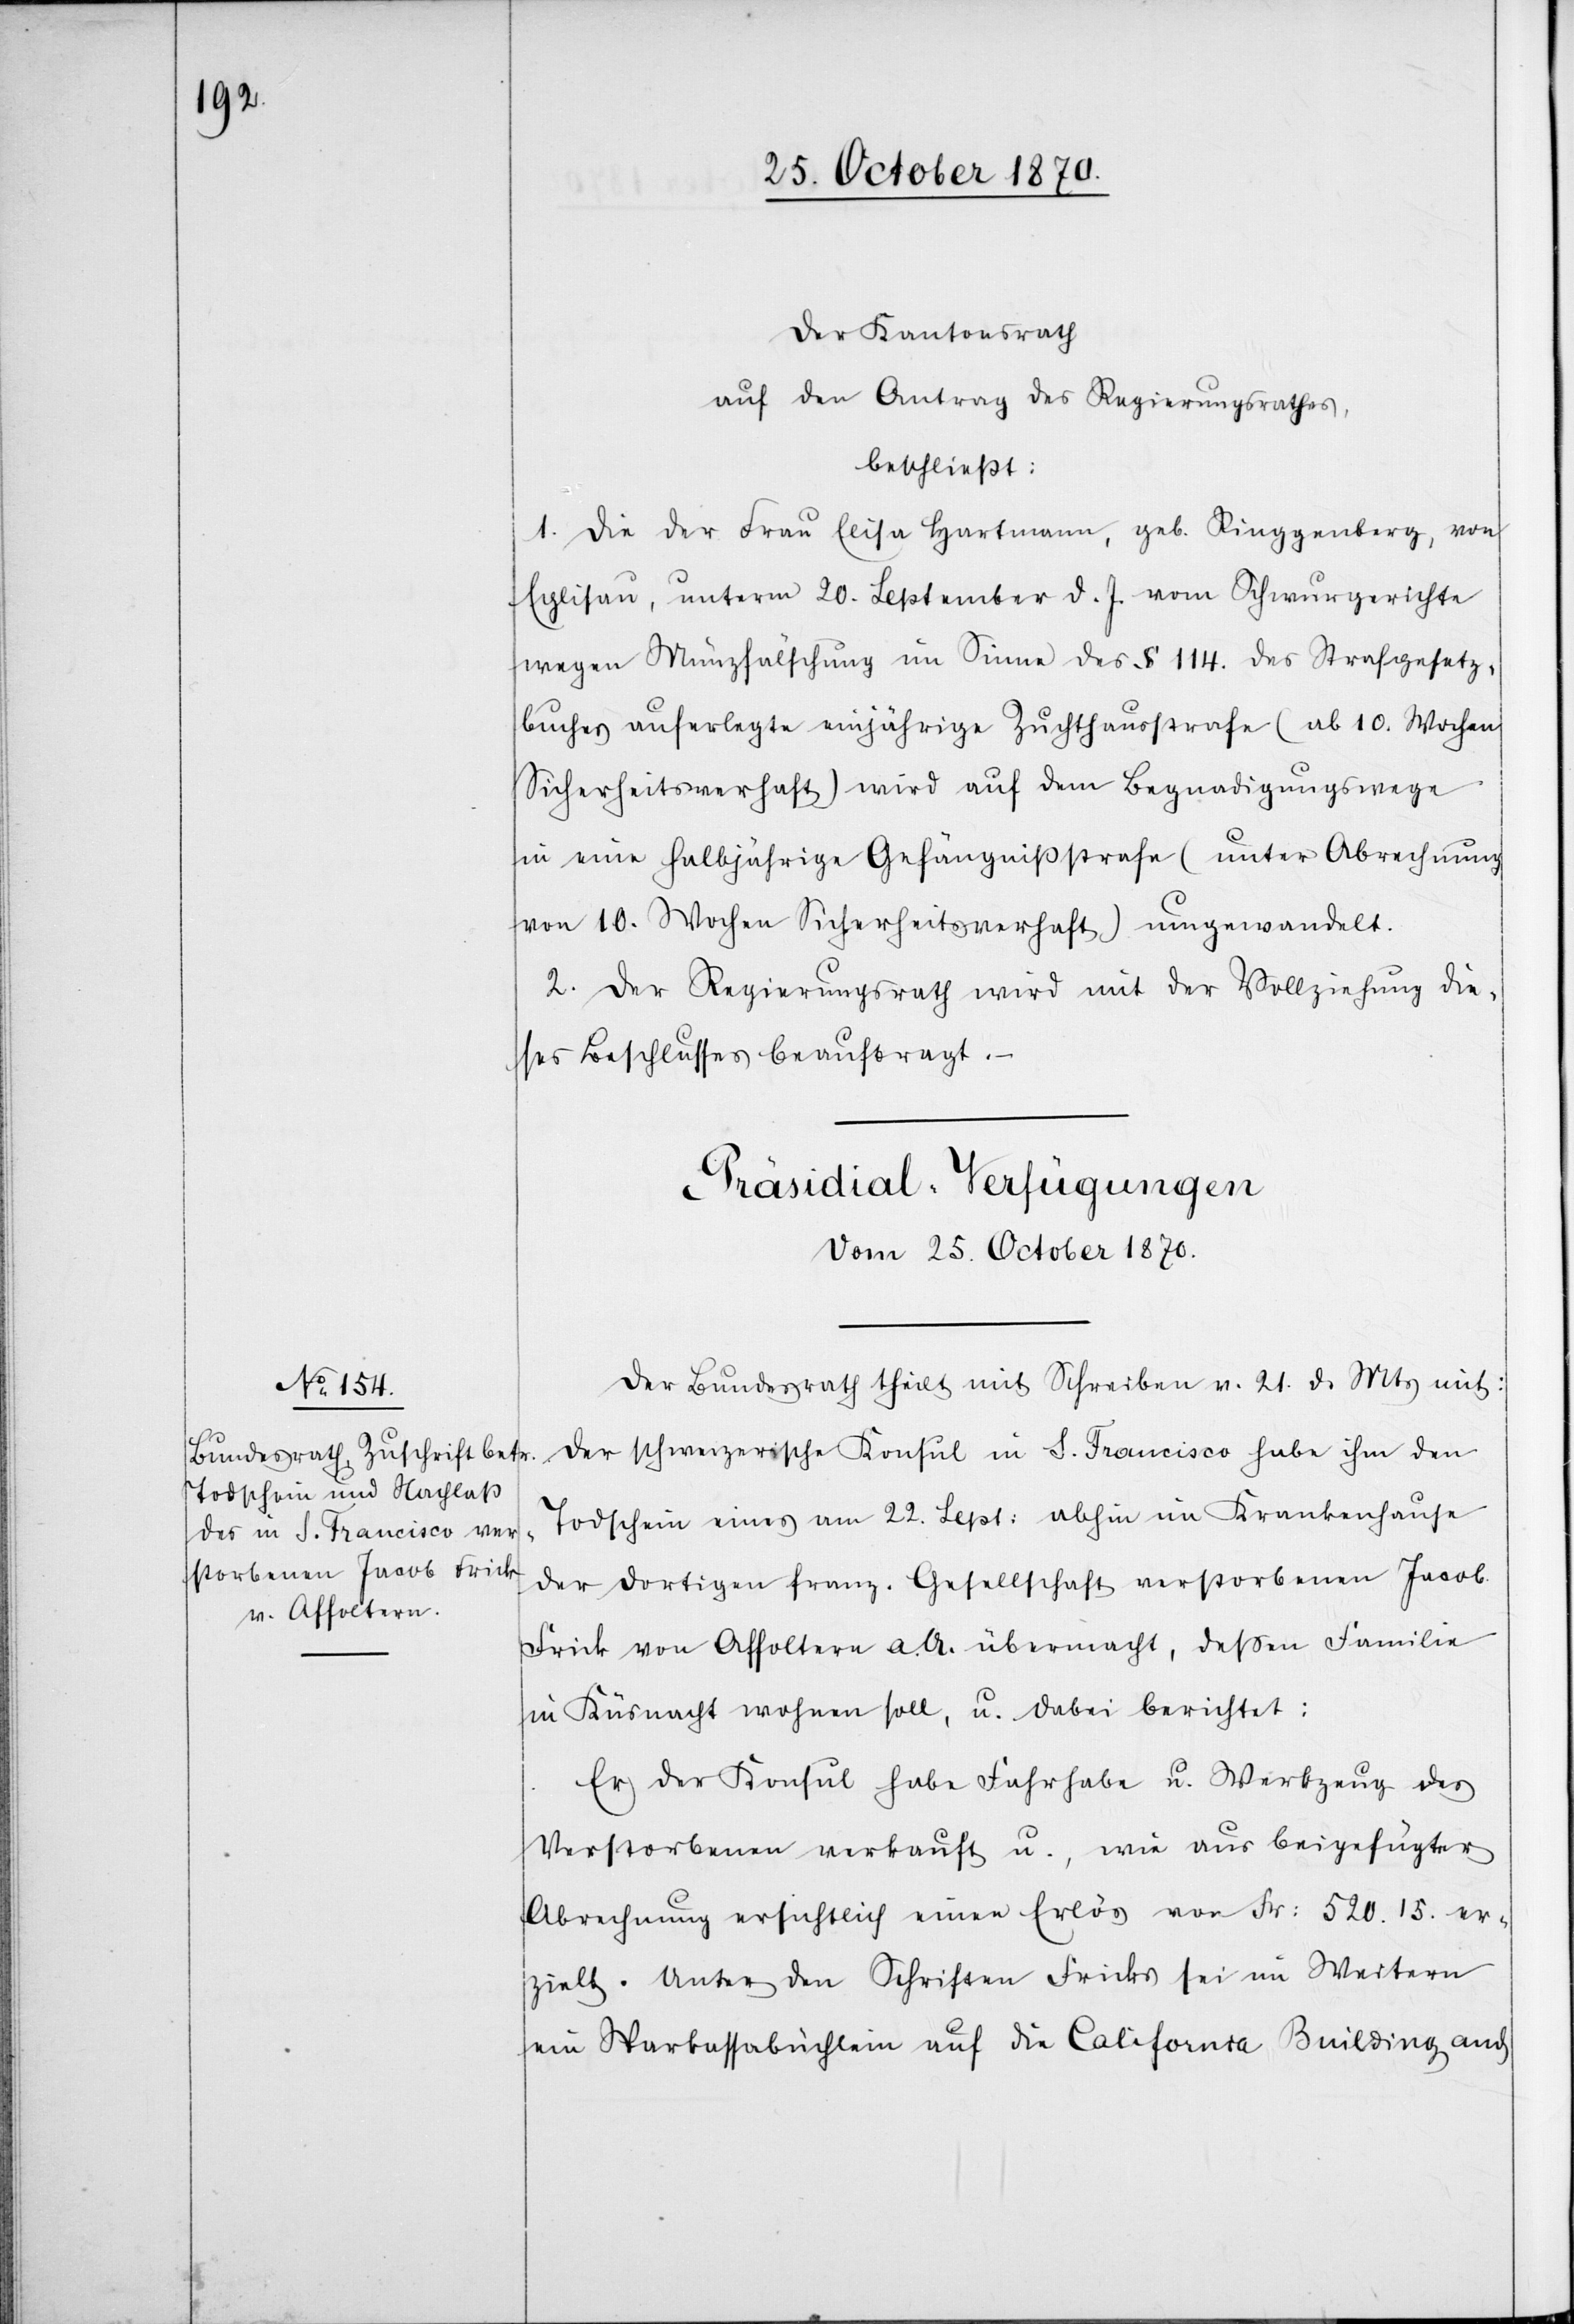
Der Kantonsrath
auf den Antrag des Regierungsrathes,
beschließt:
1. Die der Frau Elisa Hartmann, geb. Ringgenberg, von
Eglisau, unterm 20. September d. J. vom Schwurgerichte
wegen Münzfälschung im Sinne des § 114. des Strafgesetz¬
buches auferlegte einjährige Zuchthausstrafe (ab 10. Wochen
Sicherheitsverhaft) wird auf dem Begnadigungswege
in eine halbjährige Gefängnißstrafe (unter Abrechnung
von 10. Wochen Sicherheitsverhaft) umgewandelt.
2. Der Regierungsrath wird mit der Vollziehung die¬
ses Beschlusses beauftragt.
Präsidial-Verfügungen
Vom 25. October 1870.
Der Bundesrath theilt mit Schreiben v. 21. d. Mts. mit:
Der schweizerische Konsul in S. Francisco habe ihm den
Todschein eines am 22. Sept: abhin im Krankehause
der dortigen franz. Gesellschaft verstorbenen Jacob
Frick von Affoltern a. A. übermacht, deßen Familie
in Küsnacht wohnen soll, u. dabei berichtet:
Er der Konsul habe Fahrhabe u. Werkzeug des
Verstorbenen verkauft u., wie aus beigefügter
Abrechnung ersichtlich einen Erlös von Fr. 520.15 er¬
zielt. Unter den Schriften Fricks sei im Weitern
ein Sparkassabüchlein auf die California Building and